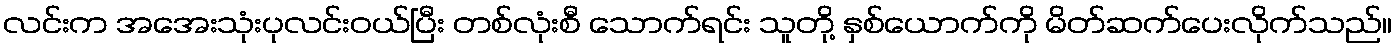
လင်းက အအေးသုံးပုလင်းဝယ်ပြီး တစ်လုံးစီ သောက်ရင်း သူတို့ နှစ်ယောက်ကို မိတ်ဆက်ပေးလိုက်သည်။